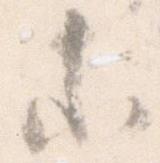
等